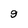
Character: 9